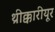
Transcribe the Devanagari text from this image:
थ्रीक्कारीयूर